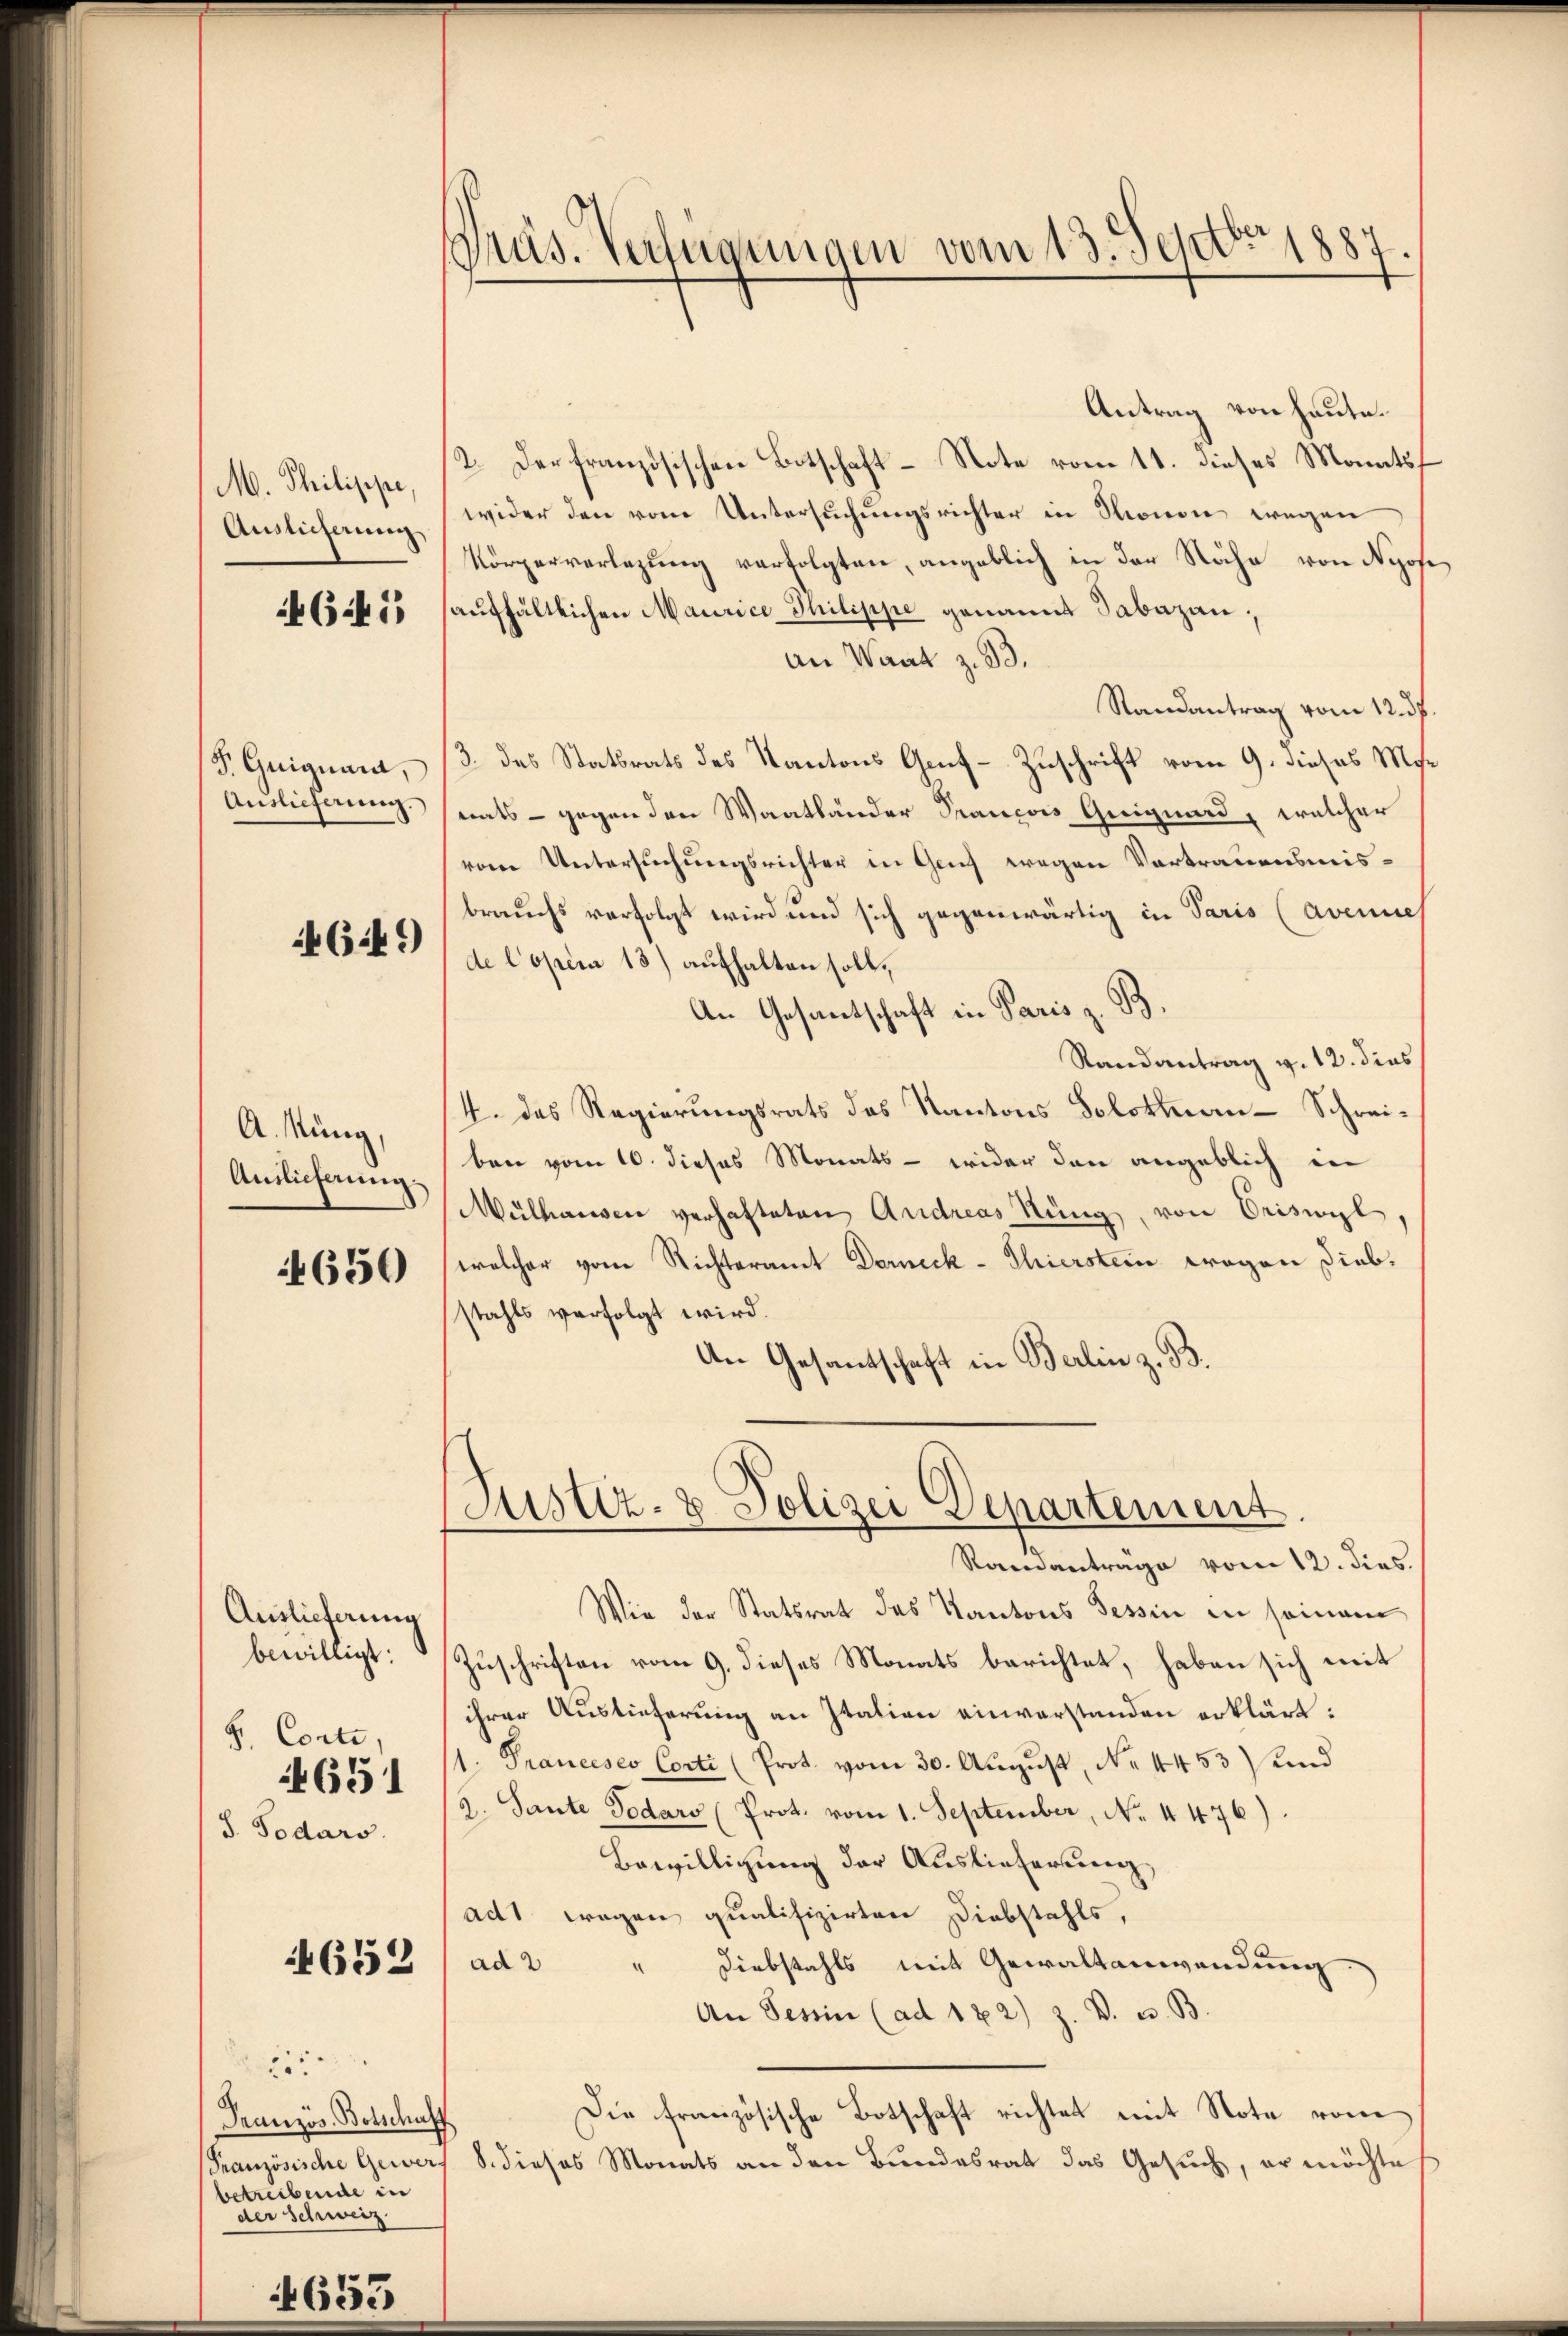
M. Philippe,
Auslicherung

641)

Auslieferung

46:49)

A. Nung,
Auslieferung

4650

Auslieferung
bewilligt:
S. Conti,
651
d. Sodars

4652

25
Französ. Botschaff
betreibende in
der Schweiz.

1655

Präs. Verfügungen vom 13. Septbr. 1887

Antrag von heute.
2. Der französischen Botschaft - Note vom 11. dieses Monatswider den vom Untersuchungsrichter in Stronen wegen
Körperverlegung verfolgten, angeblich in der Nähe von Nyose
aufhältlichen Maurice Philippe genannt Sabazan,
an Waat z. B.
Randantrag vom 12. ds.
S. Guignant, 13. das Statsrats des Kantons Genf-Zuschrift vom 9. dieses Mor
snats - gegen den Waatländer Prancois Geigend, welcher
vom Untersuchungsrichter in Geich wegen Vortrauensmisbrauchs verfolgt wird und sich gegenwärtig in Paris (avenies
de Copera 13) aufhalten soll,
An Gesantschaft in Paris z. B.
Randantrag v. 12. dies
4. des Regierungsrats des Kantons Solotten-Schreiben vom 10. dieses Monats - wider den angeblich in
Mülhausen verhafteten Andreas Küng von Oriswyl,
welcher vom Richteramt Dorneck-Thierstein wegen Diebstahls verfolgt wird.
An Gesantschaft in Berlin z. B.

(Justiz- & Polizei Departement

Randantrage vom 12. dies.
Wie der Statsrat des Kantons Tessin in seinem
Zuschriften vom 9. dieses Monats berichtet, haben sich mit
ihrer Auslieferung an Itation einverstanden erklärt:
1. Franceses Corti (Prot. vom 30. August, No 4453 und
2. Sante Todars (Prot. vom 1. September, No. 4476)
Bewilligung der Auslieferung,
ad1 wegen qualifizirten Diebstahls,
Diebstahls mit Gewaltanwendung
ad 2
.
An Tessin (ad 122) Z. V. u. B.
Die französische Botschaft richtet mit Note von
Französische Gewerf S. dieses Monats an den Bundesrat das Gesuch, er möchte